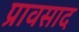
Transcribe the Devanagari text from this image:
प्रावसाद